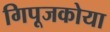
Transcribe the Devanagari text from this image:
गिपूजकोया